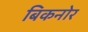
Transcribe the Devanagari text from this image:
बिकनोर